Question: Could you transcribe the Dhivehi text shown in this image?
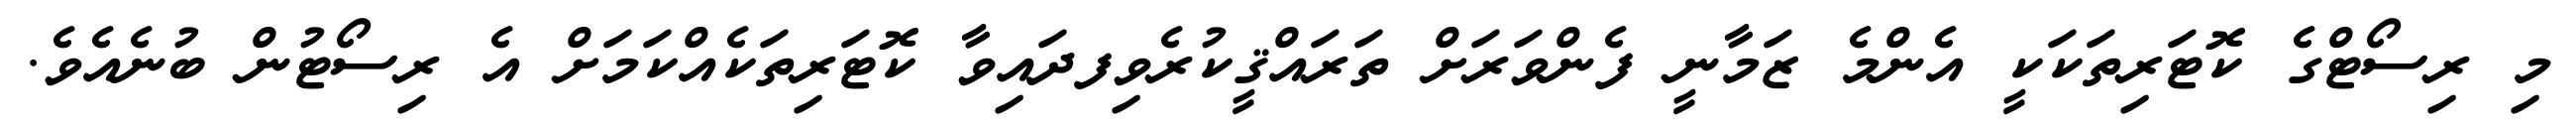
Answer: މި ރިސޯޓްގެ ކޮޓަރިތަކަކީ އެންމެ ޒަމާނީ ފެންވަރަށް ތަރައްޤީކުރެވިފދައިވާ ކޮޓަރިތަކެއްކަމަށް އެ ރިސޯޓުން ބުނެއެވެ.